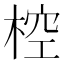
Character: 椌